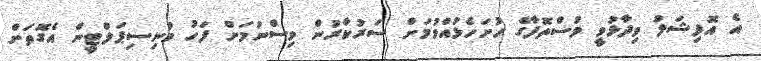
އެ އޮފިޝަލު ވިދާޅުވީ މުސްތޮފާގެ ހުށަހެޅުއްވުމަށް ސަރުކާރުން ވިސްނުމަށް ފަހު މުނިސިޕަލްޓީން އެގޮތަށް